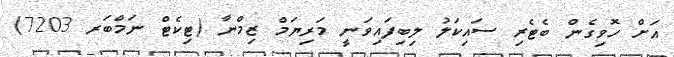
އަށް ހޮވިގެން ބެޓެރި ސައިކަލު ލިބިފައިވަނީ މަރިޔަމް ޒިމްނާ (ޓިކެޓް ނަމްބަރ 7203)